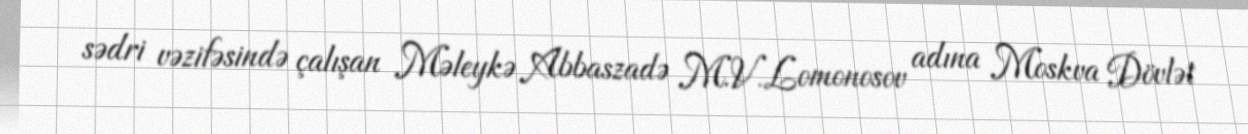
sədri vəzifəsində çalışan Məleykə Abbaszadə M.V.Lomonosov adına Moskva Dövlət